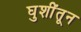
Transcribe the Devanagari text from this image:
घुशींतून